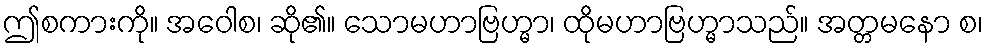
ဤစကားကို။ အဝေါစ၊ ဆို၏။ သောမဟာဗြဟ္မာ၊ ထိုမဟာဗြဟ္မာသည်။ အတ္တမနော စ၊